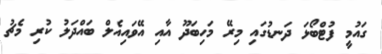
ގައުމީ ފުޓްބޯޅަ ދަނޑުގައި މިރޭ މަހިބަދޫ އާއި އޭވައިއެލް ބައްދަލު ކުރި މެޗު